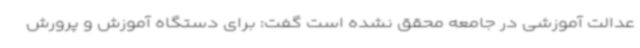
عدالت آموزشی در جامعه محقق نشده است گفت: برای دستگاه آموزش و پرورش